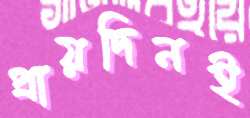
প্রায়দিনই